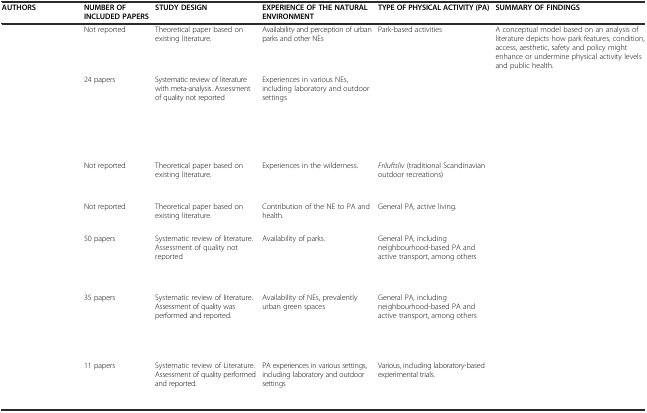
<table><thead><tr><td><b>AUTHORS</b></td><td><b>NUMBER OF INCLUDED PAPERS</b></td><td><b>STUDY DESIGN</b></td><td><b>EXPERIENCE OF THE NATURAL ENVIRONMENT</b></td><td><b>TYPE OF PHYSICAL ACTIVITY (PA)</b></td><td><b>SUMMARY OF FINDINGS</b></td></tr></thead><tbody><tr><td>[EMPTY_CELL]</td><td>Not reported</td><td>Theoretical paper based on existing literature.</td><td>Availability and perception of urban parks and other NEs</td><td>Park-based activities</td><td>A conceptual model based on an analysis of literature depicts how park features, condition, access, aesthetic, safety and policy might enhance or undermine physical activity levels and public health.</td></tr><tr><td>[EMPTY_CELL]</td><td>24 papers</td><td>Systematic review of literature with meta-analysis. Assessment of quality not reported</td><td>Experiences in various NEs, including laboratory and outdoor settings</td><td>[EMPTY_CELL]</td><td>[EMPTY_CELL]</td></tr><tr><td>[EMPTY_CELL]</td><td>Not reported</td><td>Theoretical paper based on existing literature.</td><td>Experiences in the wilderness.</td><td><i>Friluftsliv</i> (traditional Scandinavian outdoor recreations)</td><td>[EMPTY_CELL]</td></tr><tr><td>[EMPTY_CELL]</td><td>Not reported</td><td>Theoretical paper based on existing literature.</td><td>Contribution of the NE to PA and health.</td><td>General PA, active living.</td><td>[EMPTY_CELL]</td></tr><tr><td>[EMPTY_CELL]</td><td>50 papers</td><td>Systematic review of literature. Assessment of quality not reported</td><td>Availability of parks.</td><td>General PA, including neighbourhood-based PA and active transport, among others</td><td>[EMPTY_CELL]</td></tr><tr><td>[EMPTY_CELL]</td><td>35 papers</td><td>Systematic review of literature. Assessment of quality was performed and reported.</td><td>Availability of NEs, prevalently urban green spaces</td><td>General PA, including neighbourhood-based PA and active transport, among others</td><td>[EMPTY_CELL]</td></tr><tr><td>[EMPTY_CELL]</td><td>11 papers</td><td>Systematic review of Literature. Assessment of quality performed and reported.</td><td>PA experiences in various settings, including laboratory and outdoor settings</td><td>Various, including laboratory-based experimental trials.</td><td>[EMPTY_CELL]</td></tr></tbody></table>